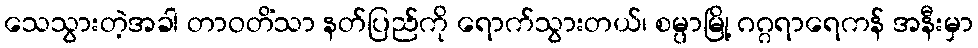
သေသွားတဲ့အခါ တာဝတိံသာ နတ်ပြည်ကို ရောက်သွားတယ်၊ စမ္ပာမြို့ ဂဂ္ဂရာရေကန် အနီးမှာ